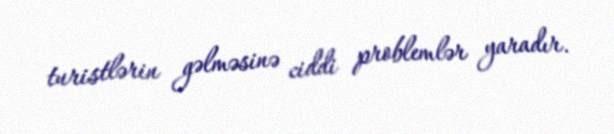
turistlərin gəlməsinə ciddi problemlər yaradır.